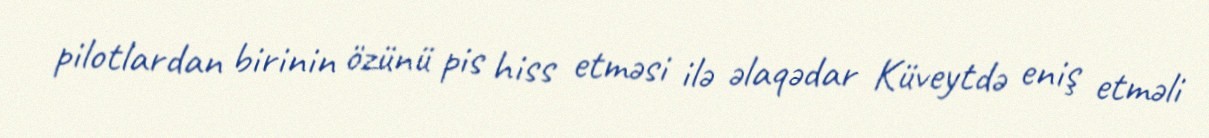
pilotlardan birinin özünü pis hiss etməsi ilə əlaqədar Küveytdə eniş etməli